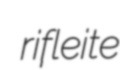
rifleite